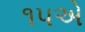
૧૫એ